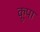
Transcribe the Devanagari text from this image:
कूपा